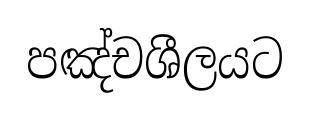
පඤ්චශීලයට